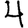
Digit: 4